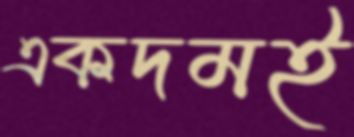
একদমই